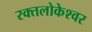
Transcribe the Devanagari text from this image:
रक्तलोकेश्वर